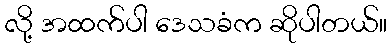
လို့ အထက်ပါ ဒေသခံက ဆိုပါတယ်။